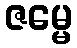
ဇမ္မေ